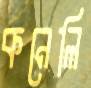
কনেলি